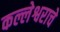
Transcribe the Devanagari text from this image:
कल्लेश्वराचे